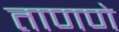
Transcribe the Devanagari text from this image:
ताणणे